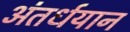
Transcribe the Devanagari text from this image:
अंतर्धयान